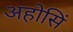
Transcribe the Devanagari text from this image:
अहोसिं